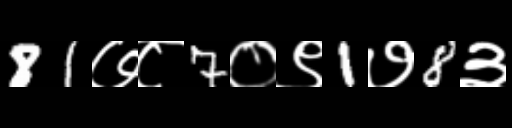
Text: 81७८7०९1७8३